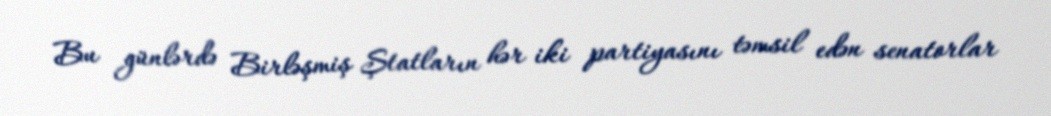
Bu günlərdə Birləşmiş Ştatların hər iki partiyasını təmsil edən senatorlar